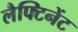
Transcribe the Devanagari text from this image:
लैफ्टिनेंट